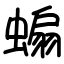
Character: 𧎥